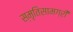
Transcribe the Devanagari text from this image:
स्मृतिसामग्री